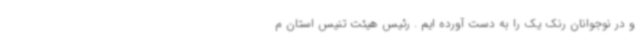
و در نوجوانان رنک یک را به دست آورده ایم . رئیس هیئت تنیس استان م